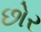
છોર